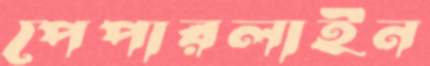
পেপারলাইন